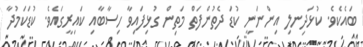
ބައެކެވެ. ކުޅަދިނލި އިންނަނީ ކުޑަ ދެތުންފަތް މަތިން ގުޅިފައިވާ ހިސާބާއި ކައިރީގައެވެ. ކުޑަކަމުދާ